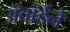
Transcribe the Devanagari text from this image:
अॅवॉर्डने